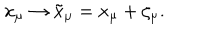
x _ { \mu } \to \tilde { x } _ { \mu } = x _ { \mu } + \zeta _ { \mu } .